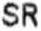
SR